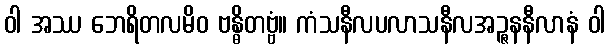
ဝါ အဿ ဘေရိတလမိဝ ဗန္ဓိတဗ္ဗံ။ ကံသနီလပလာသနီလအဉ္ဇနနီလာနံ ဝါ